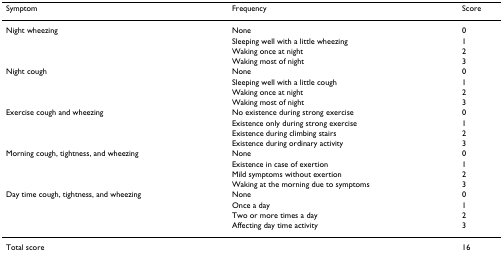
| Symptom | Frequency | Score |
 | --- | --- | --- |
 | Night wheezing | None | 0 |
 |  | Sleeping well with a little wheezing | 1 |
 |  | Waking once at night | 2 |
 |  | Waking most of night | 3 |
 | Night cough | None | 0 |
 |  | Sleeping well with a little cough | 1 |
 |  | Waking once at night | 2 |
 |  | Waking most of night | 3 |
 | Exercise cough and wheezing | No existence during strong exercise | 0 |
 |  | Existence only during strong exercise | 1 |
 |  | Existence during climbing stairs | 2 |
 |  | Existence during ordinary activity | 3 |
 | Morning cough, tightness, and wheezing | None | 0 |
 |  | Existence in case of exertion | 1 |
 |  | Mild symptoms without exertion | 2 |
 |  | Waking at the morning due to symptoms | 3 |
 | Day time cough, tightness, and wheezing | None | 0 |
 |  | Once a day | 1 |
 |  | Two or more times a day | 2 |
 |  | Affecting day time activity | 3 |
 | Total score |  | 16 |